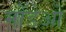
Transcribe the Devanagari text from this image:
मोंडेओ